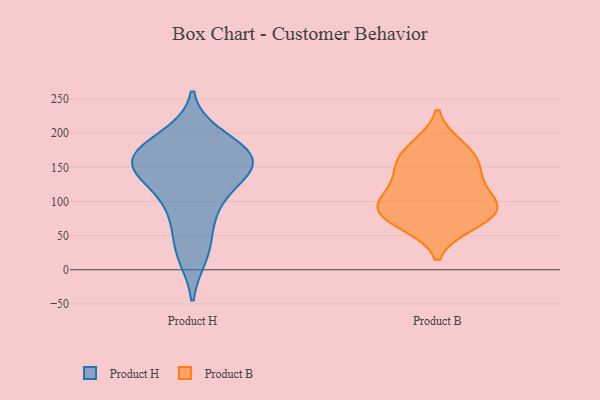
{"axis": {"x": "Production Output", "y": "Value"}, "legend": ["Product B", "Product H"], "data": [{"x": "", "y": 177, "type": "Product H"}, {"x": "", "y": 90, "type": "Product H"}, {"x": "", "y": 194, "type": "Product H"}, {"x": "", "y": 166, "type": "Product H"}, {"x": "", "y": 123, "type": "Product H"}, {"x": "", "y": 142, "type": "Product H"}, {"x": "", "y": 157, "type": "Product H"}, {"x": "", "y": 34, "type": "Product H"}, {"x": "", "y": 176, "type": "Product H"}, {"x": "", "y": 81, "type": "Product H"}, {"x": "", "y": 145, "type": "Product H"}, {"x": "", "y": 153, "type": "Product H"}, {"x": "", "y": 22, "type": "Product H"}, {"x": "", "y": 160, "type": "Product H"}, {"x": "", "y": 90, "type": "Product B"}, {"x": "", "y": 68, "type": "Product B"}, {"x": "", "y": 91, "type": "Product B"}, {"x": "", "y": 112, "type": "Product B"}, {"x": "", "y": 147, "type": "Product B"}, {"x": "", "y": 180, "type": "Product B"}, {"x": "", "y": 75, "type": "Product B"}, {"x": "", "y": 143, "type": "Product B"}, {"x": "", "y": 94, "type": "Product B"}, {"x": "", "y": 169, "type": "Product B"}]}